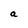
Character: a